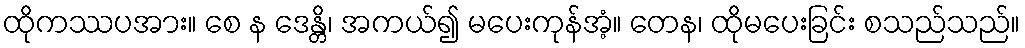
ထိုကဿပအား။ စေ န ဒေန္တိ၊ အကယ်၍ မပေးကုန်အံ့။ တေန၊ ထိုမပေးခြင်း စသည်သည်။